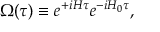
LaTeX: \Omega ( \tau ) \equiv e ^ { + i H \tau } e ^ { - i H _ { 0 } \tau } ,